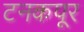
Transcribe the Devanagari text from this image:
टनकपूर